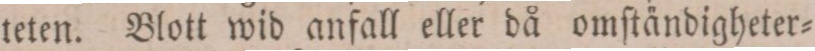
teten. Blott wid anfall eller då omſtändigheter=